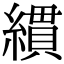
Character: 𦄻